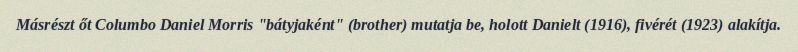
Másrészt őt Columbo Daniel Morris "bátyjaként" (brother) mutatja be, holott Danielt (1916), fivérét (1923) alakítja.